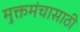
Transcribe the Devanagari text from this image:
मुक्तमंचासाठी